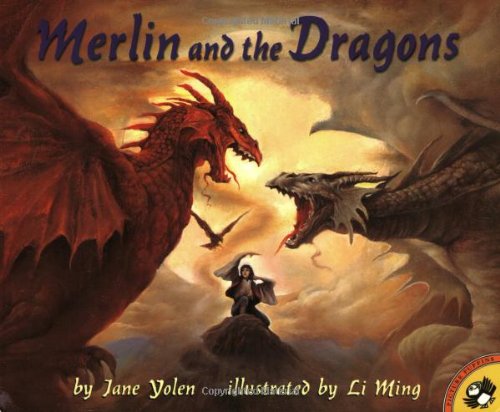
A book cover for Merlin and the Dragons (Picture Puffins); Jane Yolen; Children's Books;